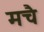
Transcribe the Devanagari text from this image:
मचै